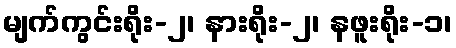
မျက်ကွင်းရိုး-၂၊ နားရိုး-၂၊ နဖူးရိုး-၁၊